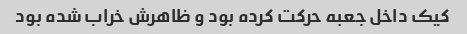
کیک داخل جعبه حرکت کرده بود و ظاهرش خراب شده بود